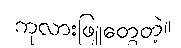
ကုလားဖြူတွေတဲ့။